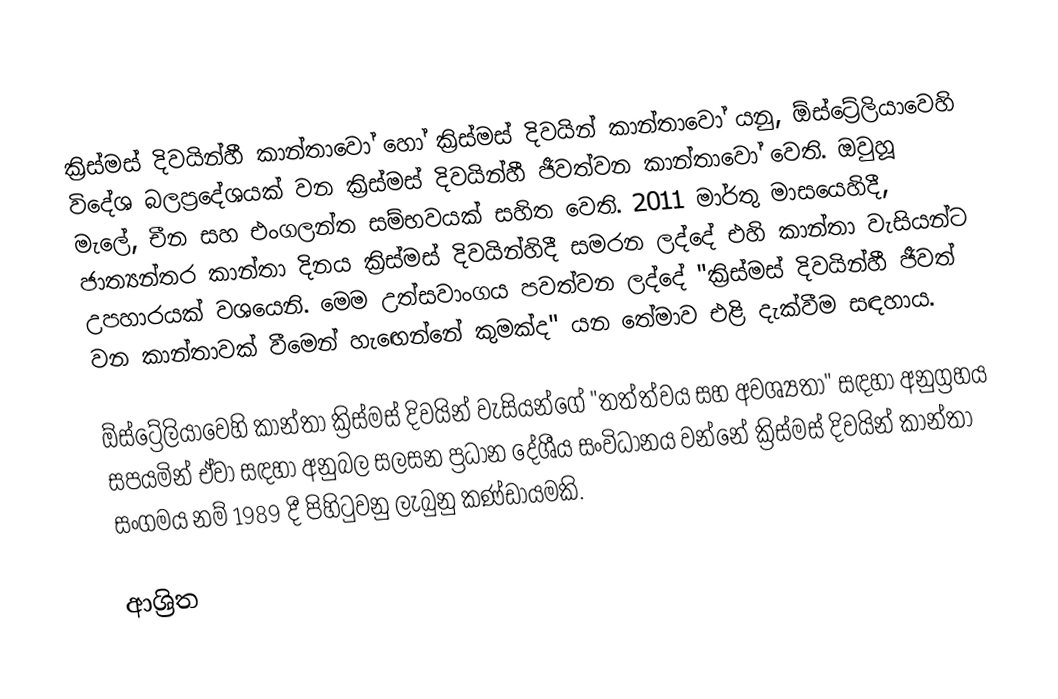
ක්‍රිස්මස් දිවයින්හී කාන්තාවෝ හෝ ක්‍රිස්මස් දිවයින් කාන්තාවෝ යනු,  ඕස්ට්‍රේලියාවෙහි විදේශ බලප්‍රදේශයක් වන  ක්‍රිස්මස් දිවයින්හී ජීවත්වන කාන්තාවෝ වෙති.  ඔවුහූ මැලේ, චීන සහ එංගලන්ත සම්භවයක් සහිත වෙති.  2011 මාර්තු මාසයෙහිදී, ජාත්‍යන්තර කාන්තා දිනය ක්‍රිස්මස් දිවයින්හිදී සමරන ලද්දේ එහි කාන්තා වැසියන්ට උපහාරයක් වශයෙනි.  මෙම උත්සවාංගය පවත්වන ලද්දේ  "ක්‍රිස්මස් දිවයින්හී ජීවත් වන කාන්තාවක් වීමෙන් හැඟෙන්නේ කුමක්ද" යන තේමාව එළි දැක්වීම සඳහාය.

ඕස්ට්‍රේලියාවෙහි කාන්තා ක්‍රිස්මස් දිවයින් වැසියන්ගේ "තත්ත්වය සහ අවශ්‍යතා" සඳහා අනුග්‍රහය සපයමින් ඒවා සඳහා අනුබල සලසන ප්‍රධාන දේශීය සංවිධානය වන්නේ ක්‍රිස්මස් දිවයින් කාන්තා සංගමය නම් 1989 දී පිහිටුවනු ලැබුනු කණ්ඩායමකි.

ආශ්‍රිත